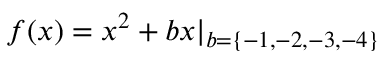
f ( x ) = x ^ { 2 } + b x | _ { b = \{ - 1 , - 2 , - 3 , - 4 \} }